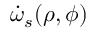
{ \dot { \omega } _ { s } ( \rho , \phi ) }